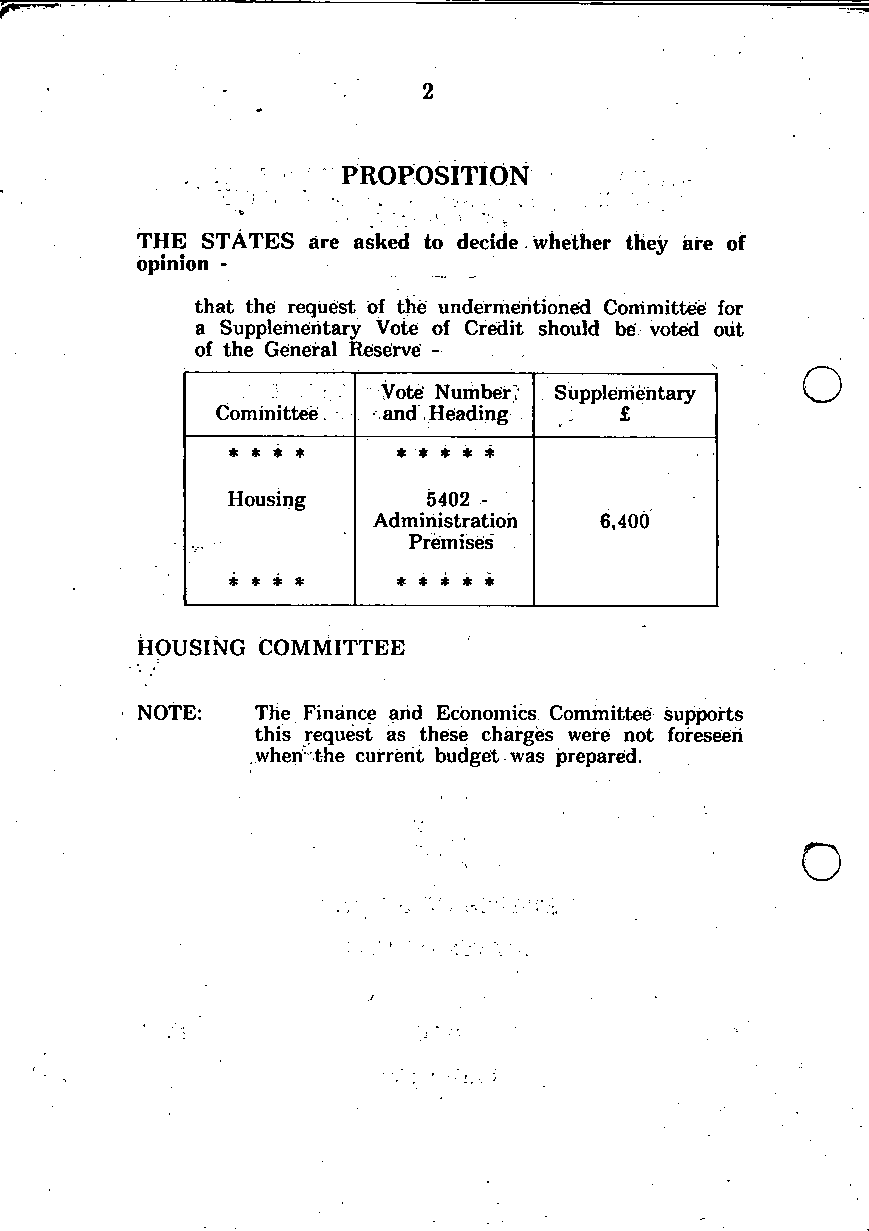
PROPOSITION
 THE STATES are asked to decide whether they are of
 opinion -
 that the request of the undermehtionefd Conimittee for
 a Supplehieritary Vote of Credit should be voted out
 of the General Reserve -                o
 Vote Number? Suppleitiehtary
 Committee. and Heading
 * * * *    * * * * *
 Housing      5402 -
 Administration 6,400
 Premises
 * * * *    * * * * *
 HOUSING COMMITTEE
 NOTE:   The Finance arid Economics Committee supports
 this request as these charges were not foreseen
 when the current budget was prepared.
 o